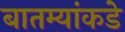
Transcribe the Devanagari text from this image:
बातम्यांकडे